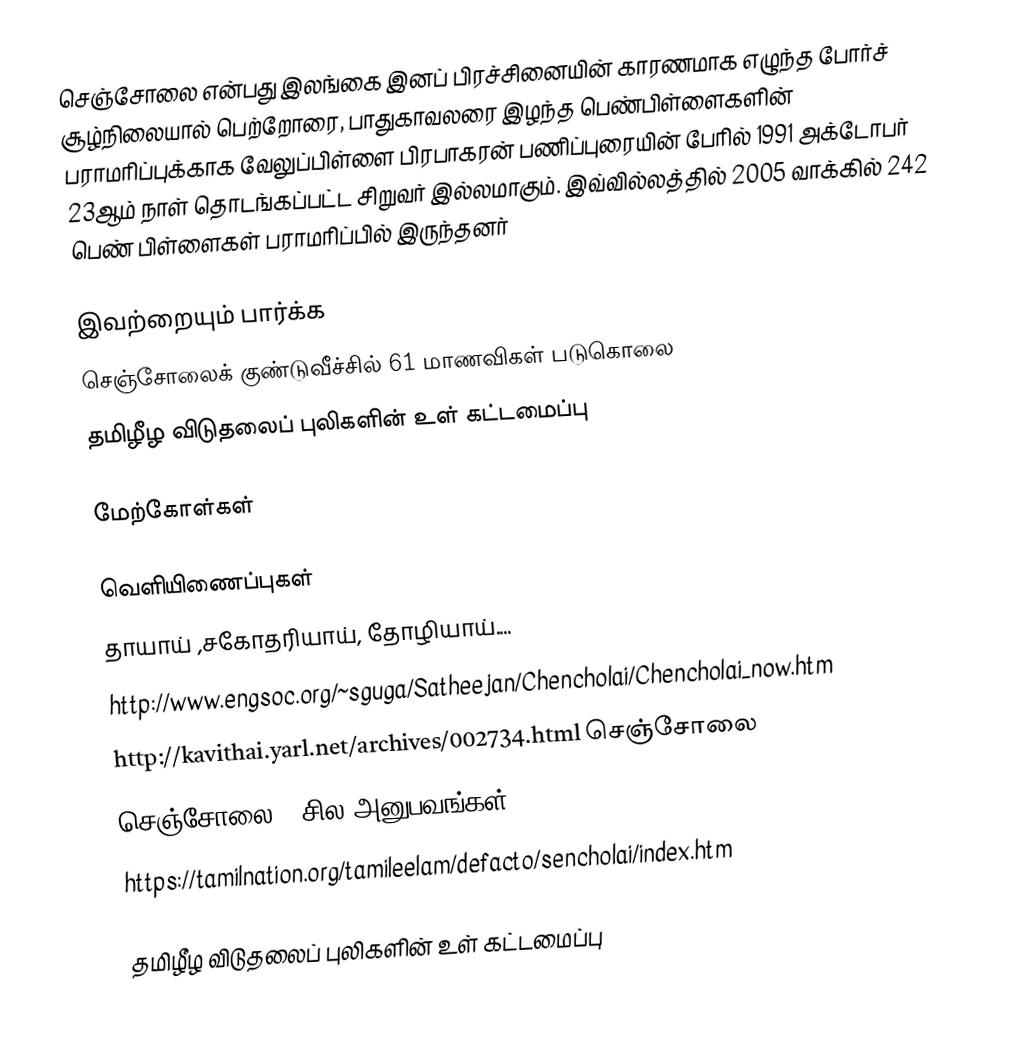
செஞ்சோலை என்பது இலங்கை இனப் பிரச்சினையின் காரணமாக எழுந்த போர்ச் சூழ்நிலையால் பெற்றோரை, பாதுகாவலரை இழந்த பெண்பிள்ளைகளின் பராமரிப்புக்காக வேலுப்பிள்ளை பிரபாகரன் பணிப்புரையின் பேரில் 1991 அக்டோபர் 23ஆம் நாள் தொடங்கப்பட்ட சிறுவர் இல்லமாகும். இவ்வில்லத்தில் 2005 வாக்கில் 242 பெண் பிள்ளைகள் பராமரிப்பில் இருந்தனர்

இவற்றையும் பார்க்க
 செஞ்சோலைக் குண்டுவீச்சில் 61 மாணவிகள் படுகொலை
தமிழீழ விடுதலைப் புலிகளின் உள் கட்டமைப்பு

மேற்கோள்கள்

வெளியிணைப்புகள்
  தாயாய் ,சகோதரியாய், தோழியாய்....
 http://www.engsoc.org/~sguga/Satheejan/Chencholai/Chencholai_now.htm
 http://kavithai.yarl.net/archives/002734.html செஞ்சோலை
 செஞ்சோலை - சில அனுபவங்கள்
 https://tamilnation.org/tamileelam/defacto/sencholai/index.htm

தமிழீழ விடுதலைப் புலிகளின் உள் கட்டமைப்பு